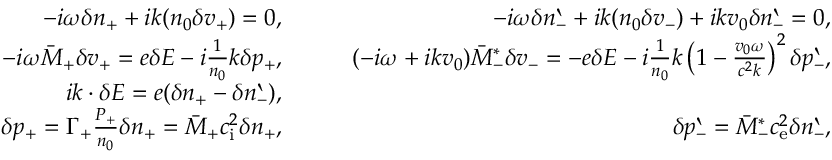
\begin{array} { r l r } { - i \omega \delta n _ { + } + i k ( n _ { 0 } \delta v _ { + } ) = 0 , } & { \quad } & { - i \omega \delta n _ { - } ^ { \backprime } + i k ( n _ { 0 } \delta v _ { - } ) + i k v _ { 0 } \delta n _ { - } ^ { \backprime } = 0 , } \\ { - i \omega \bar { M } _ { + } \delta v _ { + } = e \delta E - i \frac { 1 } { n _ { 0 } } k \delta p _ { + } , } & { \quad } & { ( - i \omega + i k v _ { 0 } ) \bar { M } _ { - } ^ { \ast } \delta v _ { - } = - e \delta E - i \frac { 1 } { n _ { 0 } } k \left( 1 - \frac { v _ { 0 } \omega } { c ^ { 2 } k } \right) ^ { 2 } \delta p _ { - } ^ { \backprime } , } \\ { i k \cdot \delta E = e ( \delta n _ { + } - \delta n _ { - } ^ { \backprime } ) , } \\ { \delta p _ { + } = \Gamma _ { + } \frac { P _ { + } } { n _ { 0 } } \delta n _ { + } = \bar { M } _ { + } c _ { \mathrm { i } } ^ { 2 } \delta n _ { + } , } & { } & { \delta p _ { - } ^ { \backprime } = \bar { M } _ { - } ^ { \ast } c _ { \mathrm { e } } ^ { 2 } \delta n _ { - } ^ { \backprime } , } \end{array}